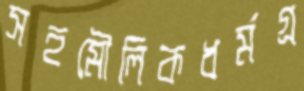
সহমৌলিকধর্মগ্র